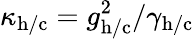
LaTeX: \kappa_{\mathrm{h/c}}=g_{\mathrm{h/c}}^{2}/\gamma_{\mathrm{h/c}}